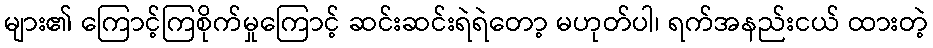
များ၏ ကြောင့်ကြစိုက်မှုကြောင့် ဆင်းဆင်းရဲရဲတော့ မဟုတ်ပါ၊ ရက်အနည်းငယ် ထားတဲ့